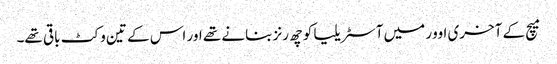
میچ کے آخری اوور میں آسٹریلیا کو چھ رنز بنانے تھے اور اس کے تین وکٹ باقی تھے۔